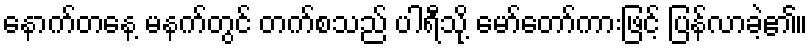
နောက်တနေ့ မနက်တွင် တက်စသည် ပါရီသို့ မော်တော်ကားဖြင့် ပြန်လာခဲ့၏။